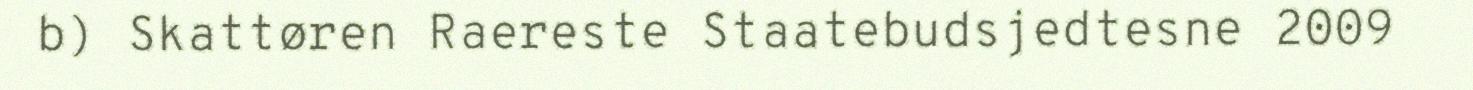
b) Skattøren Raereste Staatebudsjedtesne 2009